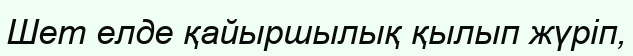
Шет елде қайыршылық қылып жүріп,